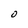
Character: O